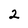
Character: 2